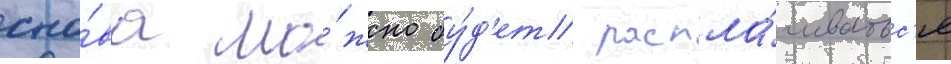
сно́ва мо́жно бу́д'ет распла́чиватьс'я